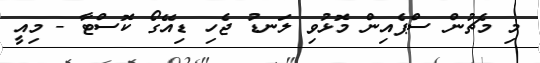
މި މެޗުން ސްޕެއިން މޮޅުވި ލަނޑު ޖެހި ޑިއޭގޯ ކޮސްޓާ - މިއީ